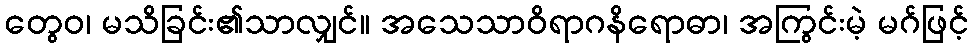
တွေဝ၊ မသိခြင်း၏သာလျှင်။ အသေသာဝိရာဂနိရောဓာ၊ အကြွင်းမဲ့ မဂ်ဖြင့်